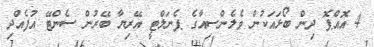
4 އޮއްޕޮ ދިން ބޯޅައަކުން ވެލެންސިއާގެ ޕެނަލްޓީ އޭރިޔާ ބޭރުން ސެންޓޭ އުފެއްދި